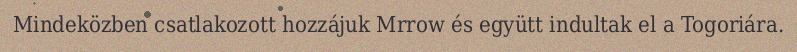
Mindeközben csatlakozott hozzájuk Mrrow és együtt indultak el a Togoriára.